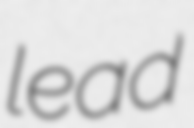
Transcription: lead